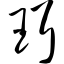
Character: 珥